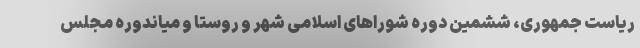
ریاست جمهوری، ششمین دوره شوراهای اسلامی شهر و روستا و میاندوره مجلس